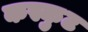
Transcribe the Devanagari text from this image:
कस्कुट